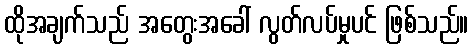
ထိုအချက်သည် အတွေးအခေါ် လွတ်လပ်မှုပင် ဖြစ်သည်။